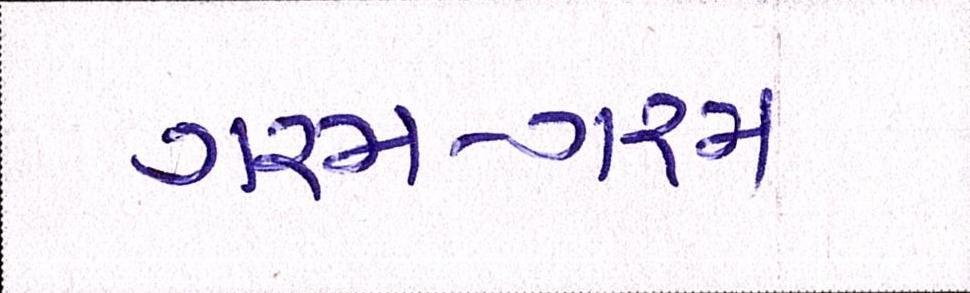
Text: ગરમ-ગરમ